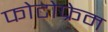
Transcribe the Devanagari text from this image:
फोटोफ्रेम